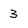
Character: 3